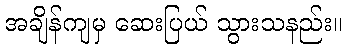
အချိန်ကျမှ ဆေးပြယ် သွားသနည်း။